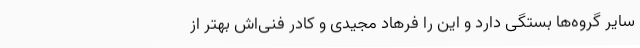
سایر گروه‌ها بستگی دارد و این را فرهاد مجیدی و کادر فنی‌اش بهتر از